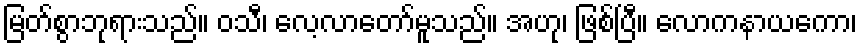
မြတ်စွာဘုရားသည်။ ဝသီ၊ လေ့လာတော်မူသည်။ အဟု၊ ဖြစ်ပြီ။ လောကနာယကော၊